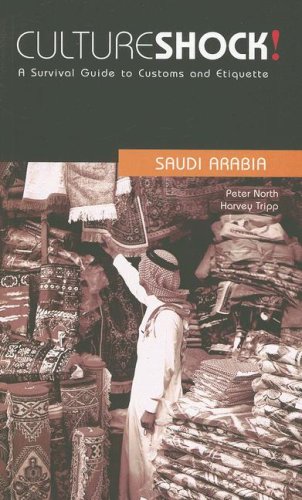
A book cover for Culture Shock! Saudi Arabia: A Survival Guide to Customs and Etiquette (Culture Shock! Guides); Peter North; Travel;